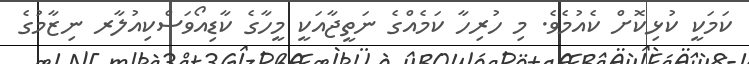
ކަމަކީ ކުޅިކޮށް ކެއުމެވެ. މި ހުރިހާ ކަމެއްގެ ނަތީޖާއަކީ މީހާގެ ކާޑިއޯވަސްކިއުލާރ ނިޒާމުގެ